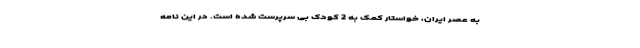
به عصر ایران، خواستار کمک به 2 کودک بی سرپرست شده است. در این نامه